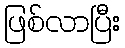
ဖြစ်လာပြီး